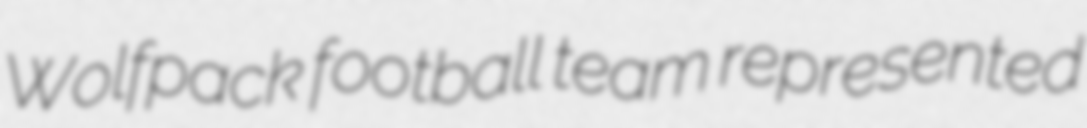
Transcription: Wolfpack football team represented